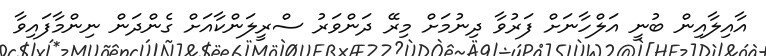
އާއިލާއިން ބުނީ އަލްހާނަށް ފަރުވާ ދިނުމަށް މިރޭ ދަންވަރު ސްރީލަންކާއަށް ގެންދަން ނިންމާފައިވާ